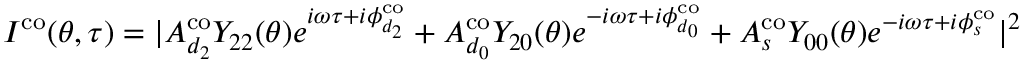
\begin{array} { r } { I ^ { \mathrm { { c o } } } ( \theta , \tau ) = | A _ { d _ { 2 } } ^ { \mathrm { c o } } Y _ { 2 2 } ( \theta ) e ^ { i \omega \tau + i \phi _ { d _ { 2 } } ^ { \mathrm { { c o } } } } + A _ { d _ { 0 } } ^ { \mathrm { c o } } Y _ { 2 0 } ( \theta ) e ^ { - i \omega \tau + i \phi _ { d _ { 0 } } ^ { \mathrm { { c o } } } } + A _ { s } ^ { \mathrm { c o } } Y _ { 0 0 } ( \theta ) e ^ { - i \omega \tau + i \phi _ { s } ^ { \mathrm { { c o } } } } | ^ { 2 } } \end{array}